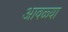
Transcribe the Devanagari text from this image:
आवळ्या